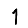
Digit: 1